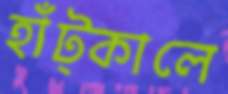
হাঁট্‌কালে